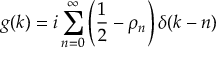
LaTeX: g ( k ) = i \sum _ { n = 0 } ^ { \infty } \left( { \frac { 1 } { 2 } } - \rho _ { n } \right) \delta ( k - n )